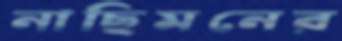
নাছিমনের